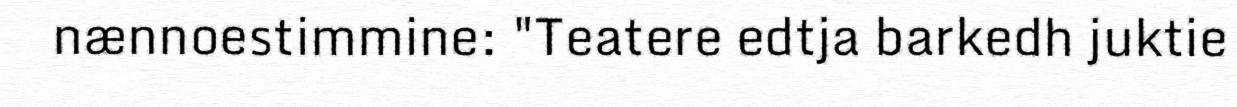
nænnoestimmine: "Teatere edtja barkedh juktie